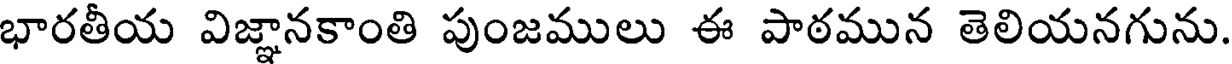
భారతీయ విజ్ఞానకాంతి పుంజములు ఈ పాఠమున తెలియనగును